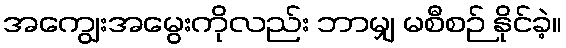
အကျွေးအမွေးကိုလည်း ဘာမျှ မစီစဉ် နိုင်ခဲ့။